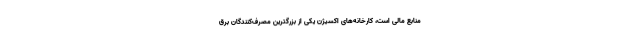
منابع مالی است، کارخانه‌های اکسیژن یکی از بزرگترین مصرف‌کنندگان برق